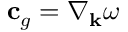
\mathbf { c } _ { g } = \nabla _ { \mathbf { k } } \omega